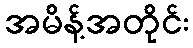
အမိန့်အတိုင်း